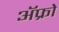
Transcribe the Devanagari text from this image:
ॲफ्रो